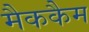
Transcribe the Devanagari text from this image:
मैककैम